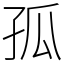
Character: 孤